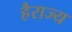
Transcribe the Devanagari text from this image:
हैराज्य